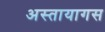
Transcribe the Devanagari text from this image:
अस्तायागस